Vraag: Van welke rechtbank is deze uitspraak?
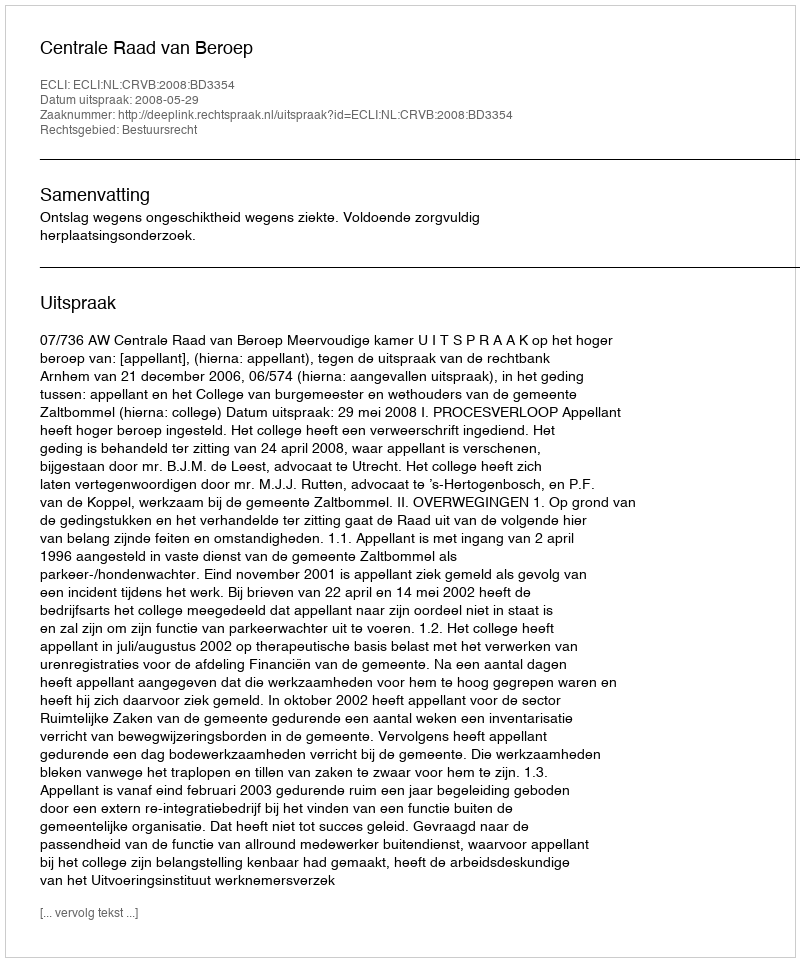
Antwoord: Centrale Raad van Beroep